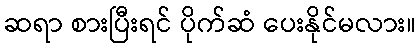
ဆရာ စားပြီးရင် ပိုက်ဆံ ပေးနိုင်မလား။